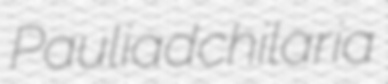
Pauliad chilaria